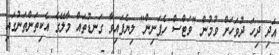
އަދި ދިހަ ދުވަހަށް ވުމުން "ވަޓްސް ހެޕަނިން" ލިޔެފައިވާ ގަނޑުތައް މާލޭގެ އެކިތަންތަނުގައި